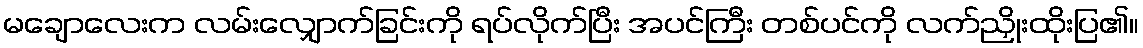
မချောလေးက လမ်းလျှောက်ခြင်းကို ရပ်လိုက်ပြီး အပင်ကြီး တစ်ပင်ကို လက်ညှိုးထိုးပြ၏။